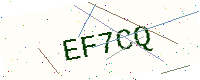
Text: EF7CQ